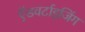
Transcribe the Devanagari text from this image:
ऍडवर्टाइजिंग